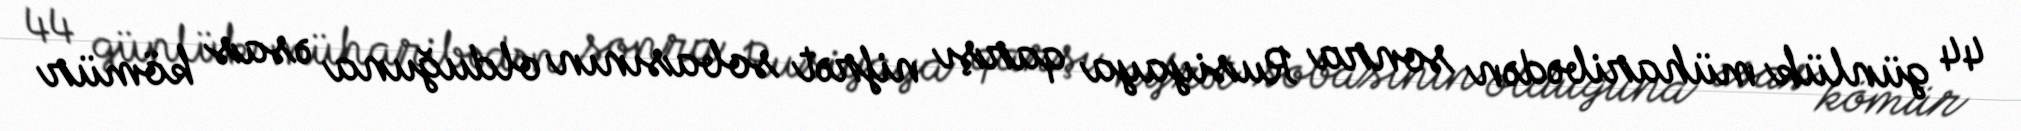
44 günlük müharibədən sonra Rusiyaya qarşı nifrət sobasının olduğuna əsas kömür